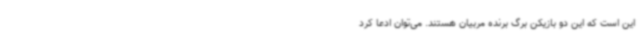
این است که این دو بازیکن برگ برنده مربیان هستند. می‌توان ادعا کرد